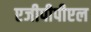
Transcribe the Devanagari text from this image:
एजीपीपीएल